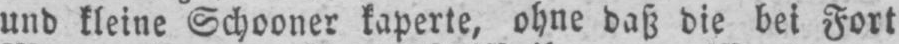
und kleine Schooner kaperte, ohne daß die bei Fort